Indian journal of veterinary science and animal husbandry - Volumes 26-27, 1956-1957
Year: 1956
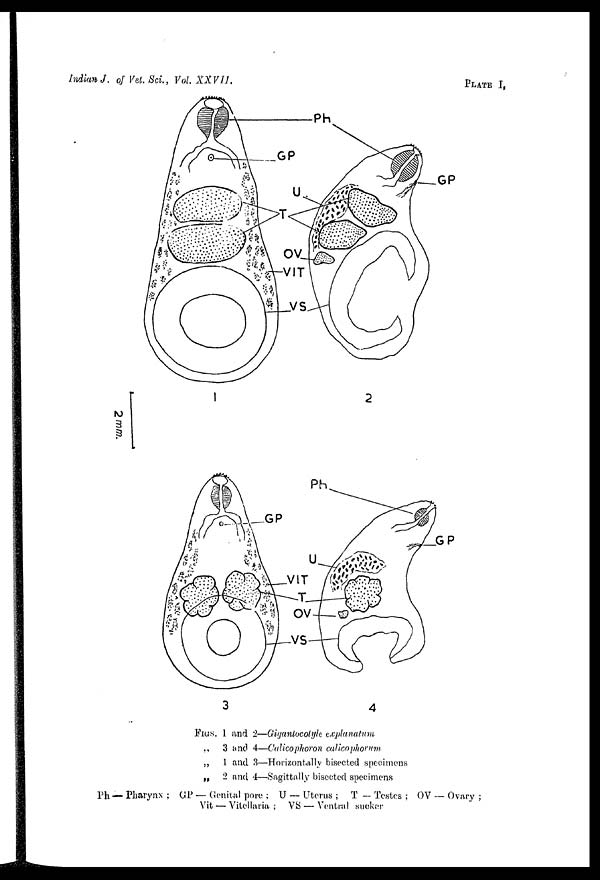
Indian J. of Vet. Sci., Vol. XXVII.
PLATE I,
FIGS. 1 and 2—Gigantocotyle explanutum
„
3 and 4—Calicophoron calicophorum
„ 1 and 3—Horizontally bisected specimens
„
2 and 4—Sagittally bisected specimens
Ph. — Pharynx ; GP — Genital pore ; U — Uterus ; T — Testes ; OV — Ovary ;
Vit — Vitellaria ; VS — Ventral sucker